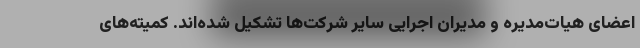
اعضای هیات‌مدیره و مدیران اجرایی سایر شرکت‌ها تشکیل شده‌اند. کمیته‌های